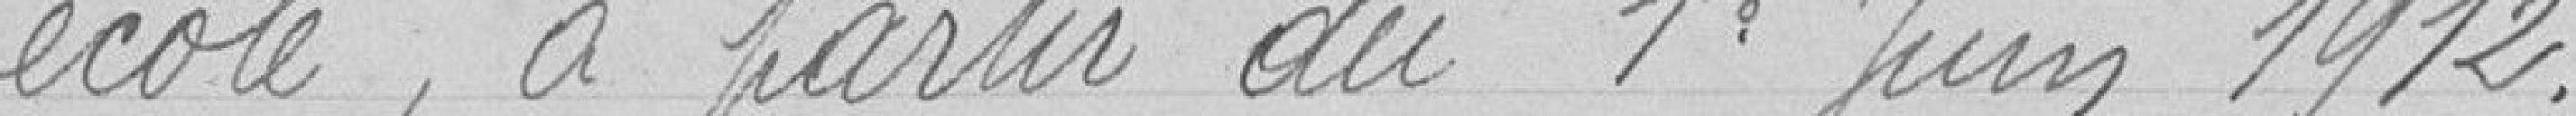
école, à partir du 1er Juin 1912.